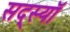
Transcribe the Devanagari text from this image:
सद्स्यॉ